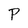
Character: P